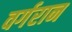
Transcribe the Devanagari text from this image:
वर्गरान